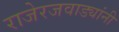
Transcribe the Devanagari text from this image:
राजेरजवाड्यांनी